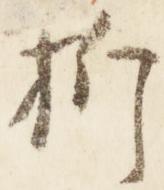
折